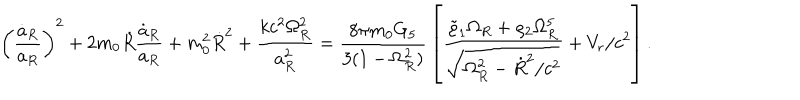
\left( { \frac { \dot { a } _ { R } } { a _ { R } } } \right) ^ { 2 } + 2 m _ { 0 } \dot { R } { \frac { \dot { a } _ { R } } { a _ { R } } } + m _ { 0 } ^ { 2 } \dot { R } ^ { 2 } + { \frac { k c ^ { 2 } \Omega _ { R } ^ { 2 } } { a _ { R } ^ { 2 } } } = { \frac { 8 \pi m _ { 0 } G _ { 5 } } { 3 ( 1 - \Omega _ { R } ^ { 2 } ) } } \left[ { \frac { \tilde { \varrho } _ { 1 } \Omega _ { R } + \varrho _ { 2 } \Omega _ { R } ^ { 5 } } { \sqrt { \Omega _ { R } ^ { 2 } - \dot { R } ^ { 2 } / c ^ { 2 } } } } + V _ { r } / c ^ { 2 } \right] .